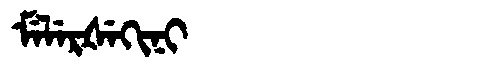
Manchu: ᠮᡝᠯᡝᡵᡧᡝᡴᡳᠨᡳ
Romanization: MELERŠEKINI